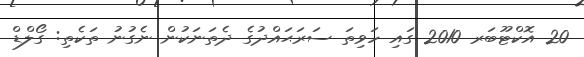
20 އޮކްޓޫބަރ 2010 ގައި ހަވިތަ ސަރަޙައްދުގެ ދެތަނަކުން ނެގުނު ތަކެތި: ގޯލްޑް